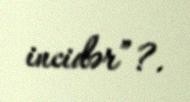
incidər”?.